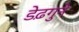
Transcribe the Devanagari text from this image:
डेढ़गुने